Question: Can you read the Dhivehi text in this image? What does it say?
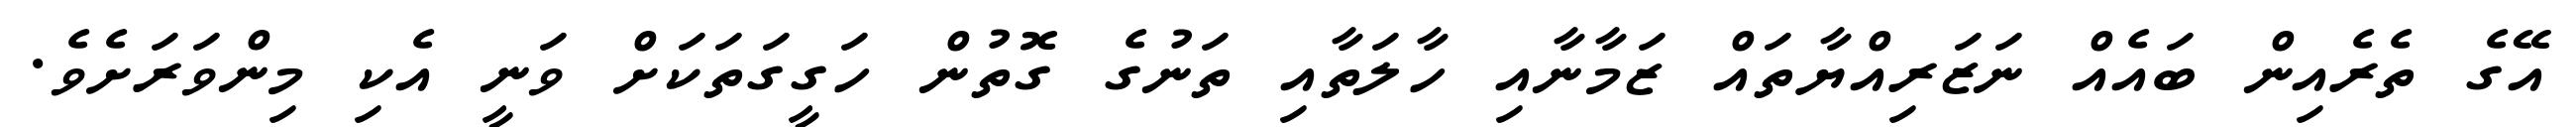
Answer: އޭގެ ތެރެއިން ބައެއް ނަޒަރިއްޔާތައް ޒަމާނާއި ހާލަތާއި ތަނުގެ ގޮތުން ހަގީގަތަކަށް ވަނީ އެކި މިންވަރަށެވެ.